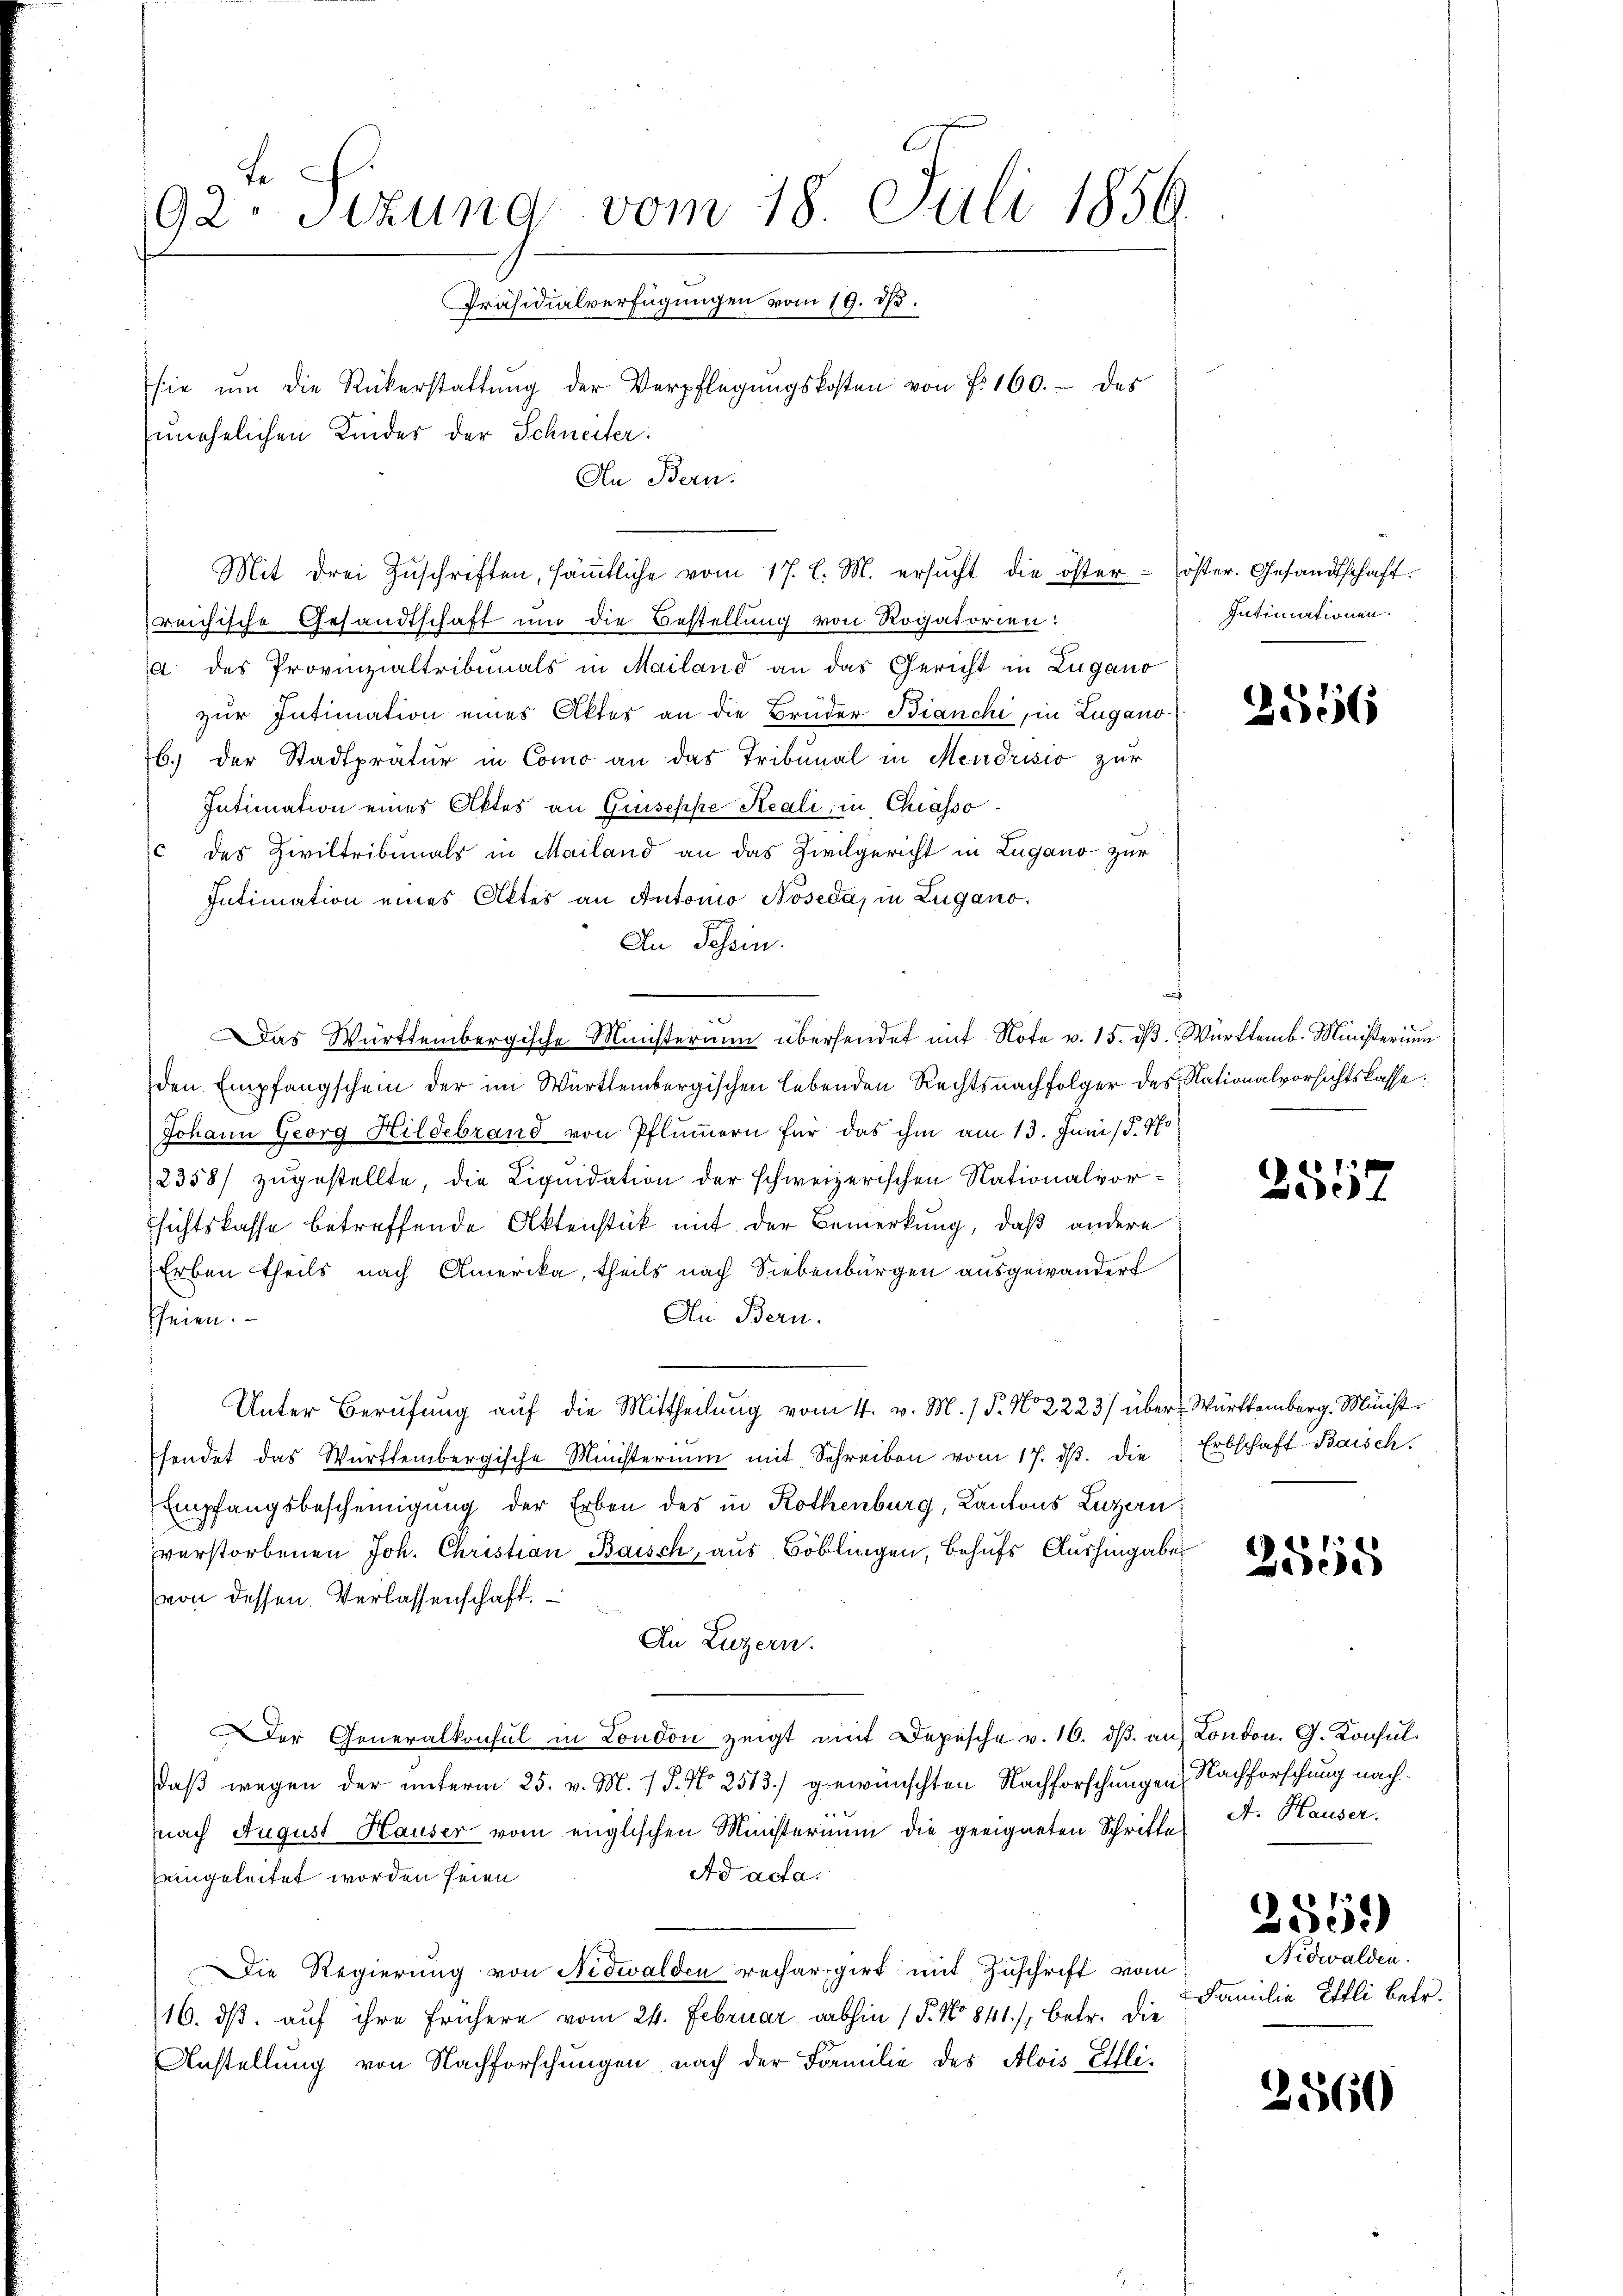
92. Sizung vom 18. Juli 1856.
Präsidialverfügungen vom 19. d.
sie ŭm die Rükerstattŭng der Verpflegŭngskosten von f. 160.- des
unehelichen Kinder der Schneiter:
An Bern.

reichische Gesandtschaft und die Bestellung von Rogatorien:
a des Provinzialtribunals in Mailand an das Gericht in Lugano
zur Intimation eines Aktes an die Brüder Bianchi, in Lugano
b.) der Stadtprätur in Como an das Tribunal in Mendrisio zur
Intimation eines Aktes an Griseppe Reali, in Chiasso.
c des Ziviltribunals in Mailand an das Zivilgericht in Lugano zur
Intimation eines Aktes an Antonio Noseda, in Zugano.
An Schein.
.
Das Württembergische Ministeraum übersendet mit Note v. 15. dβ. Württemb. Ministeri
den Empfangschein der im Württembergischen lebenden Rechtsnachfolger des Nationalvorsichtskasse.
Johann Georg Hildebrand von Pflümmern für das ihm am 13. Juni /d. Po
2358) zugestellte, die Liquidation der schweizerischen Nationalvorsichtskasse betreffende Aktenstück mit der Bemerkung, daß andere
Erben theils nach Amerika, theils nach Siebenbürgen ausgewandert
An Bern.
heien.
Unter Berufung auf die Mittheilung vom 4. v. M. / P. No 2223/ über Württemberg. Minist
sendet das Württembergische Ministerium mit Schreiben vom 17. ds. die
Empfangsbescheinigung der Erben des in Rothenburg, Kantons Luzern
verstorbenen Joh. Christian Baisch, aus Böblingen, Behufs Aushingaber
von dessen Verlassenschaft.
In Luzern.
er Generalkonsul in London zeigt mit Depesche v. 16. dβ an London. G. Konsuldaβ wegen der unterm 25. v. M. 1 S. No 2513.) gewünschten Nachforschungen Nachforschung nach
(nach August Hauser vom englischen Ministerium die geeigneten Schritte
Ad ada.
eingeleitet worden seien
Die Regierung von Nidwalden rechargirt mit Zuschrift vom
116. ds. auf ihre frühere vom 24. Februar abhin (T. No 841), betr. die
Anstellung von Nachforschungen nach der Familie des Alois Elli¬

Mit drei Zŭschriften, säṁtliche vom 17. l. M. ersŭcht die öster - öster. Gesandtschaft.

Intimationen.

3556

3557

Erbschaft Baisch.

4
2558

A. Hauser.

2569)

Nidwalden.
 Familie ettli betr.

2560